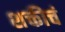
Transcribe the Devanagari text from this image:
शक्तीचं